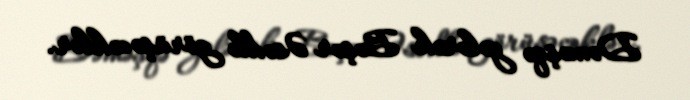
Dəməşqə gələrək Bəşər Əsədlə görüşəcəklər.